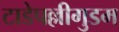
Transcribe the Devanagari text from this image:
टाडेपल्लीगुडम